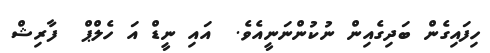
ހިފައިގެން ބަދިގެއިން ނުކުންނަނީއެވެ.  އައި ނީޑް އަ ހެލްޕް  ފާރިޝް